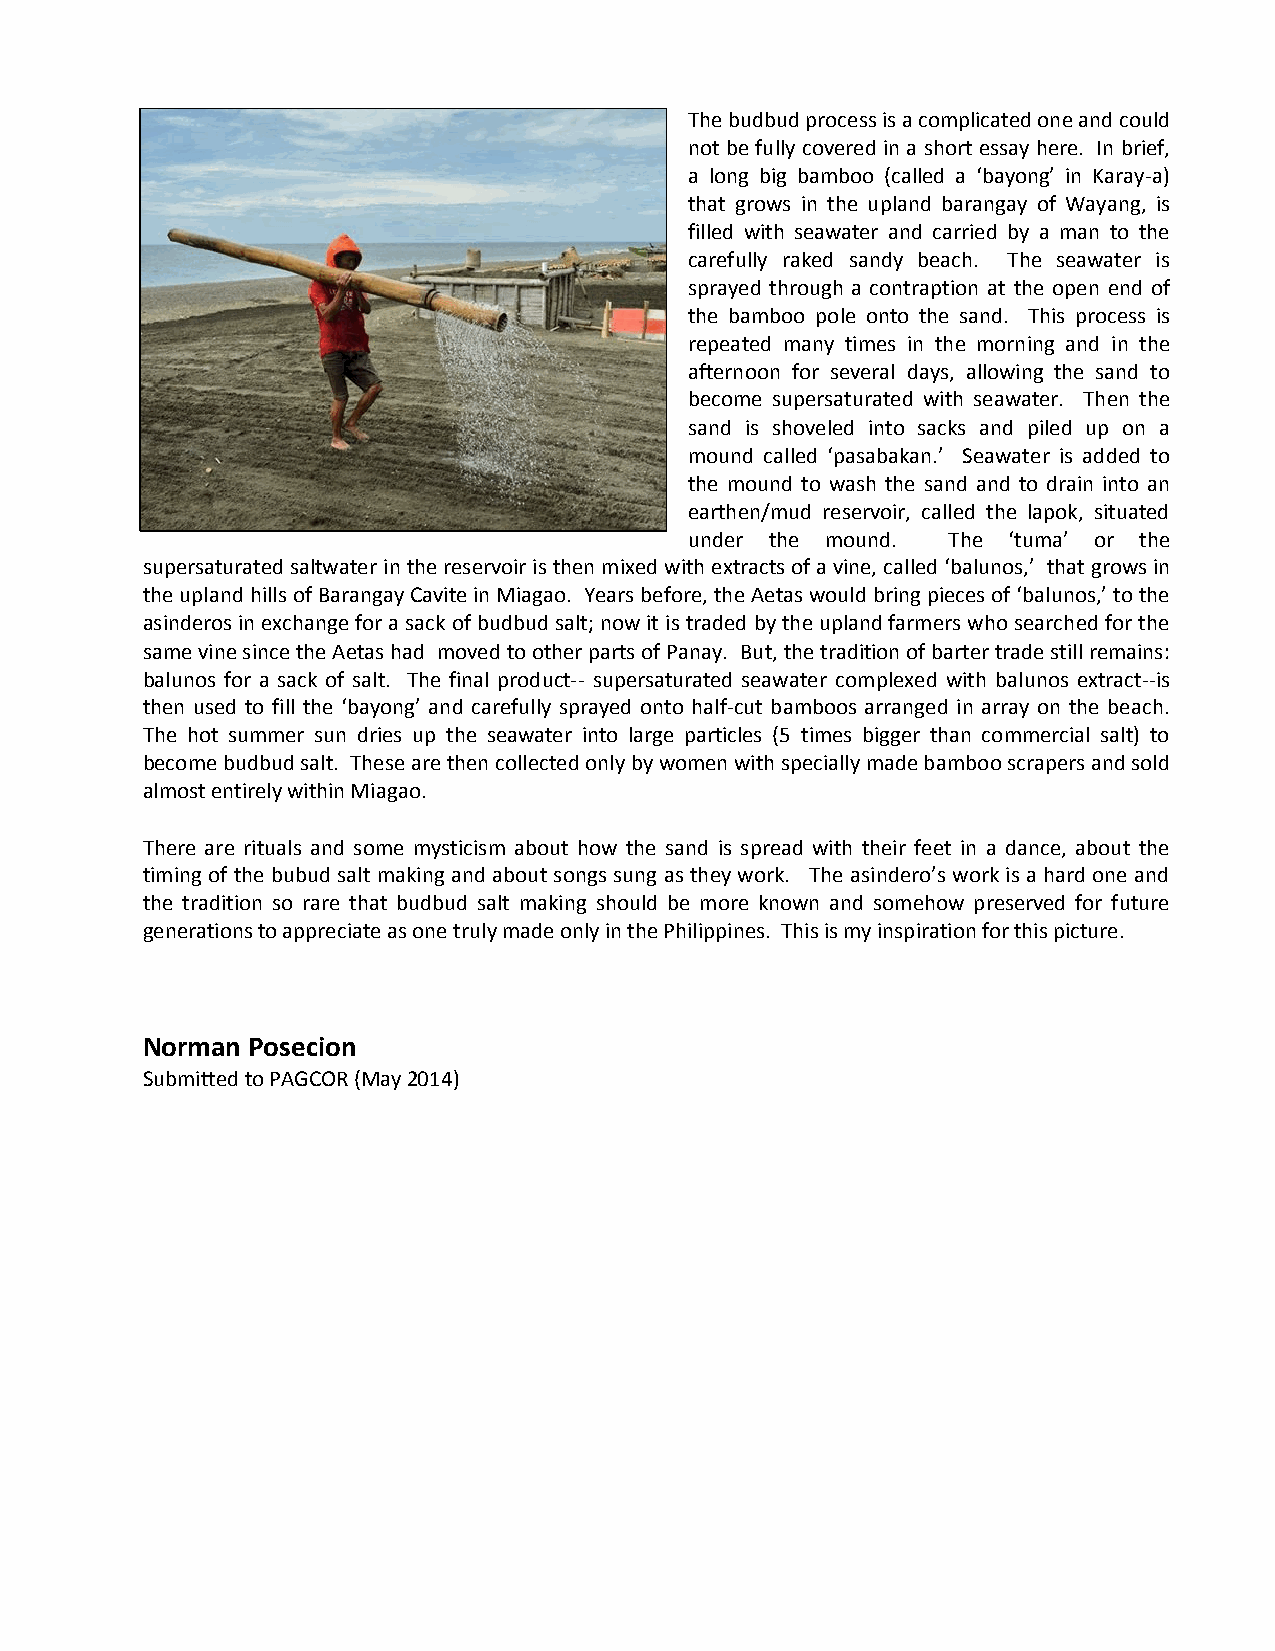
The budbud process is a complicated one and could
 not be fully covered in a short essay here. In brief,
 a long big bamboo (called a ‘bayong’ in Karay-a)
 that grows in the upland barangay of Wayang, is
 filled with seawater and carried by a man to the
 carefully raked sandy beach. The seawater is
 sprayed through a contraption at the open end of
 the bamboo pole onto the sand. This process is
 repeated many times in the morning and in the
 afternoon for several days, allowing the sand to
 become supersaturated with seawater. Then the
 sand is shoveled into sacks and piled up on a
 mound called ‘pasabakan.’ Seawater is added to
 the mound to wash the sand and to drain into an
 earthen/mud reservoir, called the lapok, situated
 under the mound. The ‘tuma’ or the
 supersaturated saltwater in the reservoir is then mixed with extracts of a vine, called ‘balunos,’ that grows in
 the upland hills of Barangay Cavite in Miagao. Years before, the Aetas would bring pieces of ‘balunos,’ to the
 asinderos in exchange for a sack of budbud salt; now it is traded by the upland farmers who searched for the
 same vine since the Aetas had moved to other parts of Panay. But, the tradition of barter trade still remains:
 balunos for a sack of salt. The final product-- supersaturated seawater complexed with balunos extract--is
 then used to fill the ‘bayong’ and carefully sprayed onto half-cut bamboos arranged in array on the beach.
 The hot summer sun dries up the seawater into large particles (5 times bigger than commercial salt) to
 become budbud salt. These are then collected only by women with specially made bamboo scrapers and sold
 almost entirely within Miagao.
 There are rituals and some mysticism about how the sand is spread with their feet in a dance, about the
 timing of the bubud salt making and about songs sung as they work. The asindero’s work is a hard one and
 the tradition so rare that budbud salt making should be more known and somehow preserved for future
 generations to appreciate as one truly made only in the Philippines. This is my inspiration for this picture.
 Norman Posecion
 Submitted to PAGCOR (May 2014)